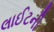
લાઈટની